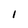
Character: l